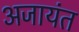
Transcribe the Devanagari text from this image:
अजायंत